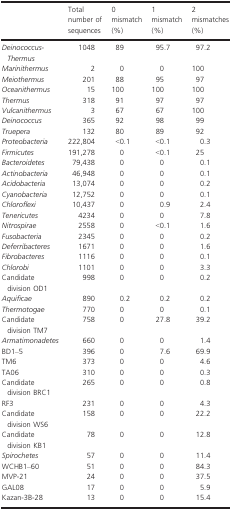
<table><thead><tr><td>[EMPTY_CELL]</td><td><b>Total number of sequences</b></td><td><b>0 mismatch (%)</b></td><td><b>1 mismatch (%)</b></td><td><b>2 mismatches (%)</b></td></tr></thead><tbody><tr><td><i>Deinococcus-Thermus</i></td><td>1048</td><td>89</td><td>95.7</td><td>97.2</td></tr><tr><td><i>Marinithermus</i></td><td>2</td><td>0</td><td>0</td><td>100</td></tr><tr><td><i>Meiothermus</i></td><td>201</td><td>88</td><td>95</td><td>97</td></tr><tr><td><i>Oceanithermus</i></td><td>15</td><td>100</td><td>100</td><td>100</td></tr><tr><td><i>Thermus</i></td><td>318</td><td>91</td><td>97</td><td>97</td></tr><tr><td><i>Vulcanithermus</i></td><td>3</td><td>67</td><td>67</td><td>100</td></tr><tr><td><i>Deinococcus</i></td><td>365</td><td>92</td><td>98</td><td>99</td></tr><tr><td><i>Truepera</i></td><td>132</td><td>80</td><td>89</td><td>92</td></tr><tr><td><i>Proteobacteria</i></td><td>222,804</td><td>&lt;0.1</td><td>&lt;0.1</td><td>0.3</td></tr><tr><td><i>Firmicutes</i></td><td>191,278</td><td>0</td><td>&lt;0.1</td><td>25</td></tr><tr><td><i>Bacteroidetes</i></td><td>79,438</td><td>0</td><td>0</td><td>0.1</td></tr><tr><td><i>Actinobacteria</i></td><td>46,948</td><td>0</td><td>0</td><td>0.1</td></tr><tr><td><i>Acidobacteria</i></td><td>13,074</td><td>0</td><td>0</td><td>0.2</td></tr><tr><td><i>Cyanobacteria</i></td><td>12,752</td><td>0</td><td>0</td><td>0.1</td></tr><tr><td><i>Chloroflexi</i></td><td>10,437</td><td>0</td><td>0.9</td><td>2.4</td></tr><tr><td><i>Tenericutes</i></td><td>4234</td><td>0</td><td>0</td><td>7.8</td></tr><tr><td><i>Nitrospirae</i></td><td>2558</td><td>0</td><td>&lt;0.1</td><td>1.6</td></tr><tr><td><i>Fusobacteria</i></td><td>2345</td><td>0</td><td>0</td><td>0.2</td></tr><tr><td><i>Deferribacteres</i></td><td>1671</td><td>0</td><td>0</td><td>1.6</td></tr><tr><td><i>Fibrobacteres</i></td><td>1116</td><td>0</td><td>0</td><td>0.1</td></tr><tr><td><i>Chlorobi</i></td><td>1101</td><td>0</td><td>0</td><td>3.3</td></tr><tr><td>Candidate division OD1</td><td>998</td><td>0</td><td>0</td><td>0.2</td></tr><tr><td><i>Aquificae</i></td><td>890</td><td>0.2</td><td>0.2</td><td>0.2</td></tr><tr><td><i>Thermotogae</i></td><td>770</td><td>0</td><td>0</td><td>0.1</td></tr><tr><td>Candidate division TM7</td><td>758</td><td>0</td><td>27.8</td><td>39.2</td></tr><tr><td><i>Armatimonadetes</i></td><td>660</td><td>0</td><td>0</td><td>1.4</td></tr><tr><td>BD1–5</td><td>396</td><td>0</td><td>7.6</td><td>69.9</td></tr><tr><td>TM6</td><td>373</td><td>0</td><td>0</td><td>4.6</td></tr><tr><td>TA06</td><td>310</td><td>0</td><td>0</td><td>0.3</td></tr><tr><td>Candidate division BRC1</td><td>265</td><td>0</td><td>0</td><td>0.8</td></tr><tr><td>RF3</td><td>231</td><td>0</td><td>0</td><td>4.3</td></tr><tr><td>Candidate division WS6</td><td>158</td><td>0</td><td>0</td><td>22.2</td></tr><tr><td>Candidate division KB1</td><td>78</td><td>0</td><td>0</td><td>12.8</td></tr><tr><td><i>Spirochetes</i></td><td>57</td><td>0</td><td>0</td><td>11.4</td></tr><tr><td>WCHB1–60</td><td>51</td><td>0</td><td>0</td><td>84.3</td></tr><tr><td>MVP-21</td><td>24</td><td>0</td><td>0</td><td>37.5</td></tr><tr><td>GAL08</td><td>17</td><td>0</td><td>0</td><td>5.9</td></tr><tr><td>Kazan-3B-28</td><td>13</td><td>0</td><td>0</td><td>15.4</td></tr></tbody></table>